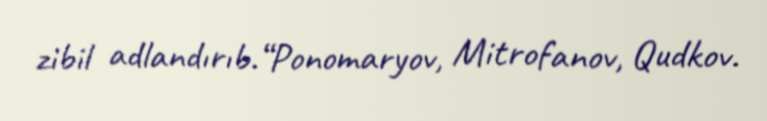
zibil adlandırıb.“Ponomaryov, Mitrofanov, Qudkov.